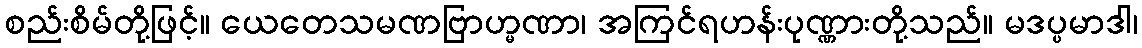
စည်းစိမ်တို့ဖြင့်။ ယေတေသမဏဗြာဟ္မဏာ၊ အကြင်ရဟန်းပုဏ္ဏားတို့သည်။ မဒပ္ပမာဒါ၊